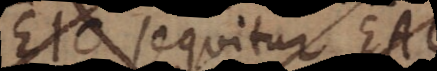
EIO sequitur EAO,